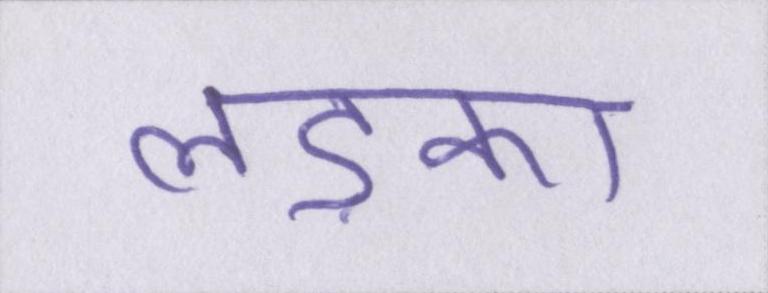
लड़का